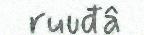
ruuđâ